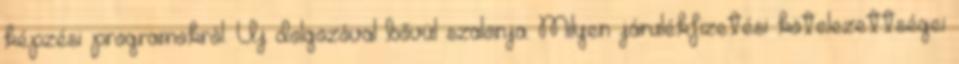
képzési programokról. Új dolgozóval bővül szalonja. Milyen járulékfizetési kötelezettségei